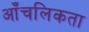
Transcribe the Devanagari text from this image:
आँचलिकता